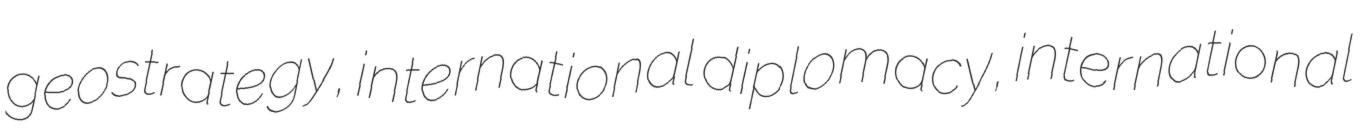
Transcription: geostrategy, international diplomacy, international